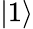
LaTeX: \vert 1\rangle